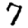
Digit: 7